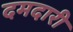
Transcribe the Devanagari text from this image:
दमदारी